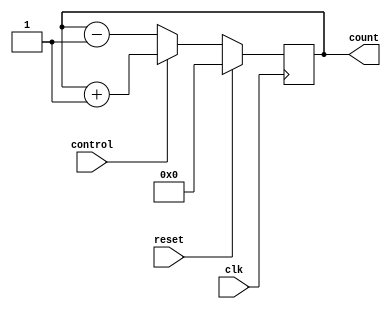
module UpDownCounter (
    input wire clk,          // Clock signal
    input wire reset,        // Reset signal
    input wire control,      // Control input for increment/decrement
    output reg [7:0] count   // Output count value
);

reg [7:0] count_reg;        // Register to store the current count value

always @(posedge clk) begin
    if (reset) begin
        count_reg <= 8'b00000000;   // Reset count value to zero
    end else begin
        if (control) begin
            count_reg <= count_reg + 1;   // Increment count value
        end else begin
            count_reg <= count_reg - 1;   // Decrement count value
        end
    end
end

assign count = count_reg;   // Output count

endmodule